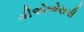
વીએએસપી